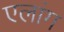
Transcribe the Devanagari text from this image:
एलांग